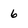
Character: 6